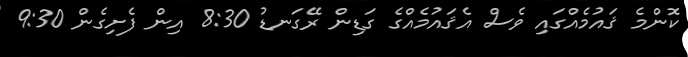
ކޮންމެ ޤައުމެއްގައި ވެސް އެޤައުމެއްގެ ގަޑިން ރޭގަނޑު 8:30 އިން ފެށިގެން 9:30